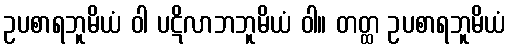
ဥပစာရဘူမိယံ ဝါ ပဋိလာဘဘူမိယံ ဝါ။ တတ္ထ ဥပစာရဘူမိယံ